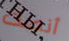
أنصت